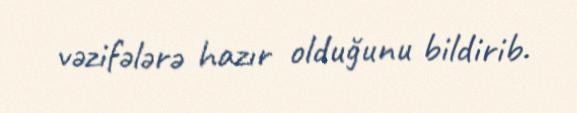
vəzifələrə hazır olduğunu bildirib.